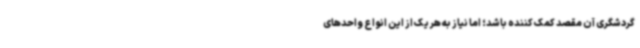
گردشگری آن مقصد کمک کننده باشد؛ اما نیاز به هر یک از این انواع واحدهای